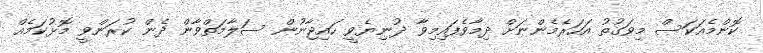
ކޮންމެއަކަސް މިވަގުތު އަހަރެމެންނަށް ދިމާވެފައިމިވާ ދުނިޔެވީ ހައިޖާނުން ސަލާމަތްވާން ދެން ކުރަންވީ މޮޅުކަމެއް